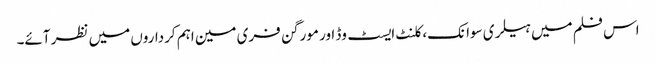
اس فلم میں ہیلری سوانک، کلنٹ ایسٹ وڈ اور مورگن فری مین اہم کرداروں میں نظر آئے۔